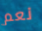
نعم